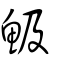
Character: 魥